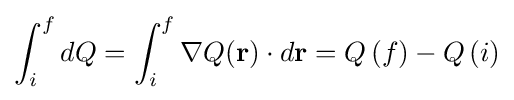
\int _{i}^{f}dQ=\int _{i}^{f}\nabla Q(\mathbf {r} )\cdot d\mathbf {r} =Q\left(f\right)-Q\left(i\right)